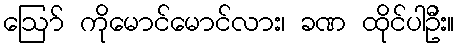
ဪ ကိုမောင်မောင်လား၊ ခဏ ထိုင်ပါဦး။